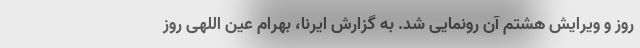
روز و ویرایش هشتم آن رونمایی شد. به گزارش ایرنا، بهرام عین اللهی روز